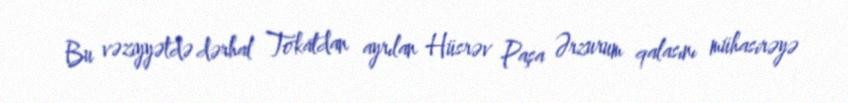
Bu vəziyyətdə dərhal Tokatdan ayrılan Hüsrəv Paşa Ərzurum qalasını mühasirəyə